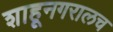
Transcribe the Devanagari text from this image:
शाहूनगरालच